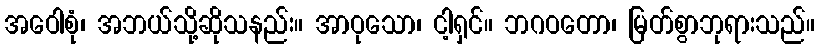
အဝေါစုံ၊ အဘယ်သို့ဆိုသနည်း။ အာဝုသော၊ ငါ့ရှင်။ ဘဂဝတော၊ မြတ်စွာဘုရားသည်။